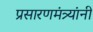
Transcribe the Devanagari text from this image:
प्रसारणमंत्र्यांनी